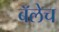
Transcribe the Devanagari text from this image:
बॅलेच